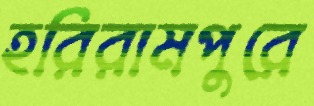
হরিরামপুরে